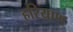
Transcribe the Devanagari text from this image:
हरियाण